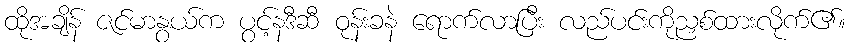
ထိုအချိန် ဇင်မာနွယ်က ပွင့်နဒီဆီ ဝုန်းခနဲ ရောက်လာပြီး လည်ပင်းကိုညှစ်ထားလိုက်၏။